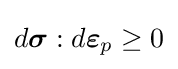
d{\boldsymbol {\sigma }}:d{\boldsymbol {\varepsilon }}_{p}\geq 0